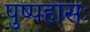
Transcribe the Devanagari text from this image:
पुष्पहासः